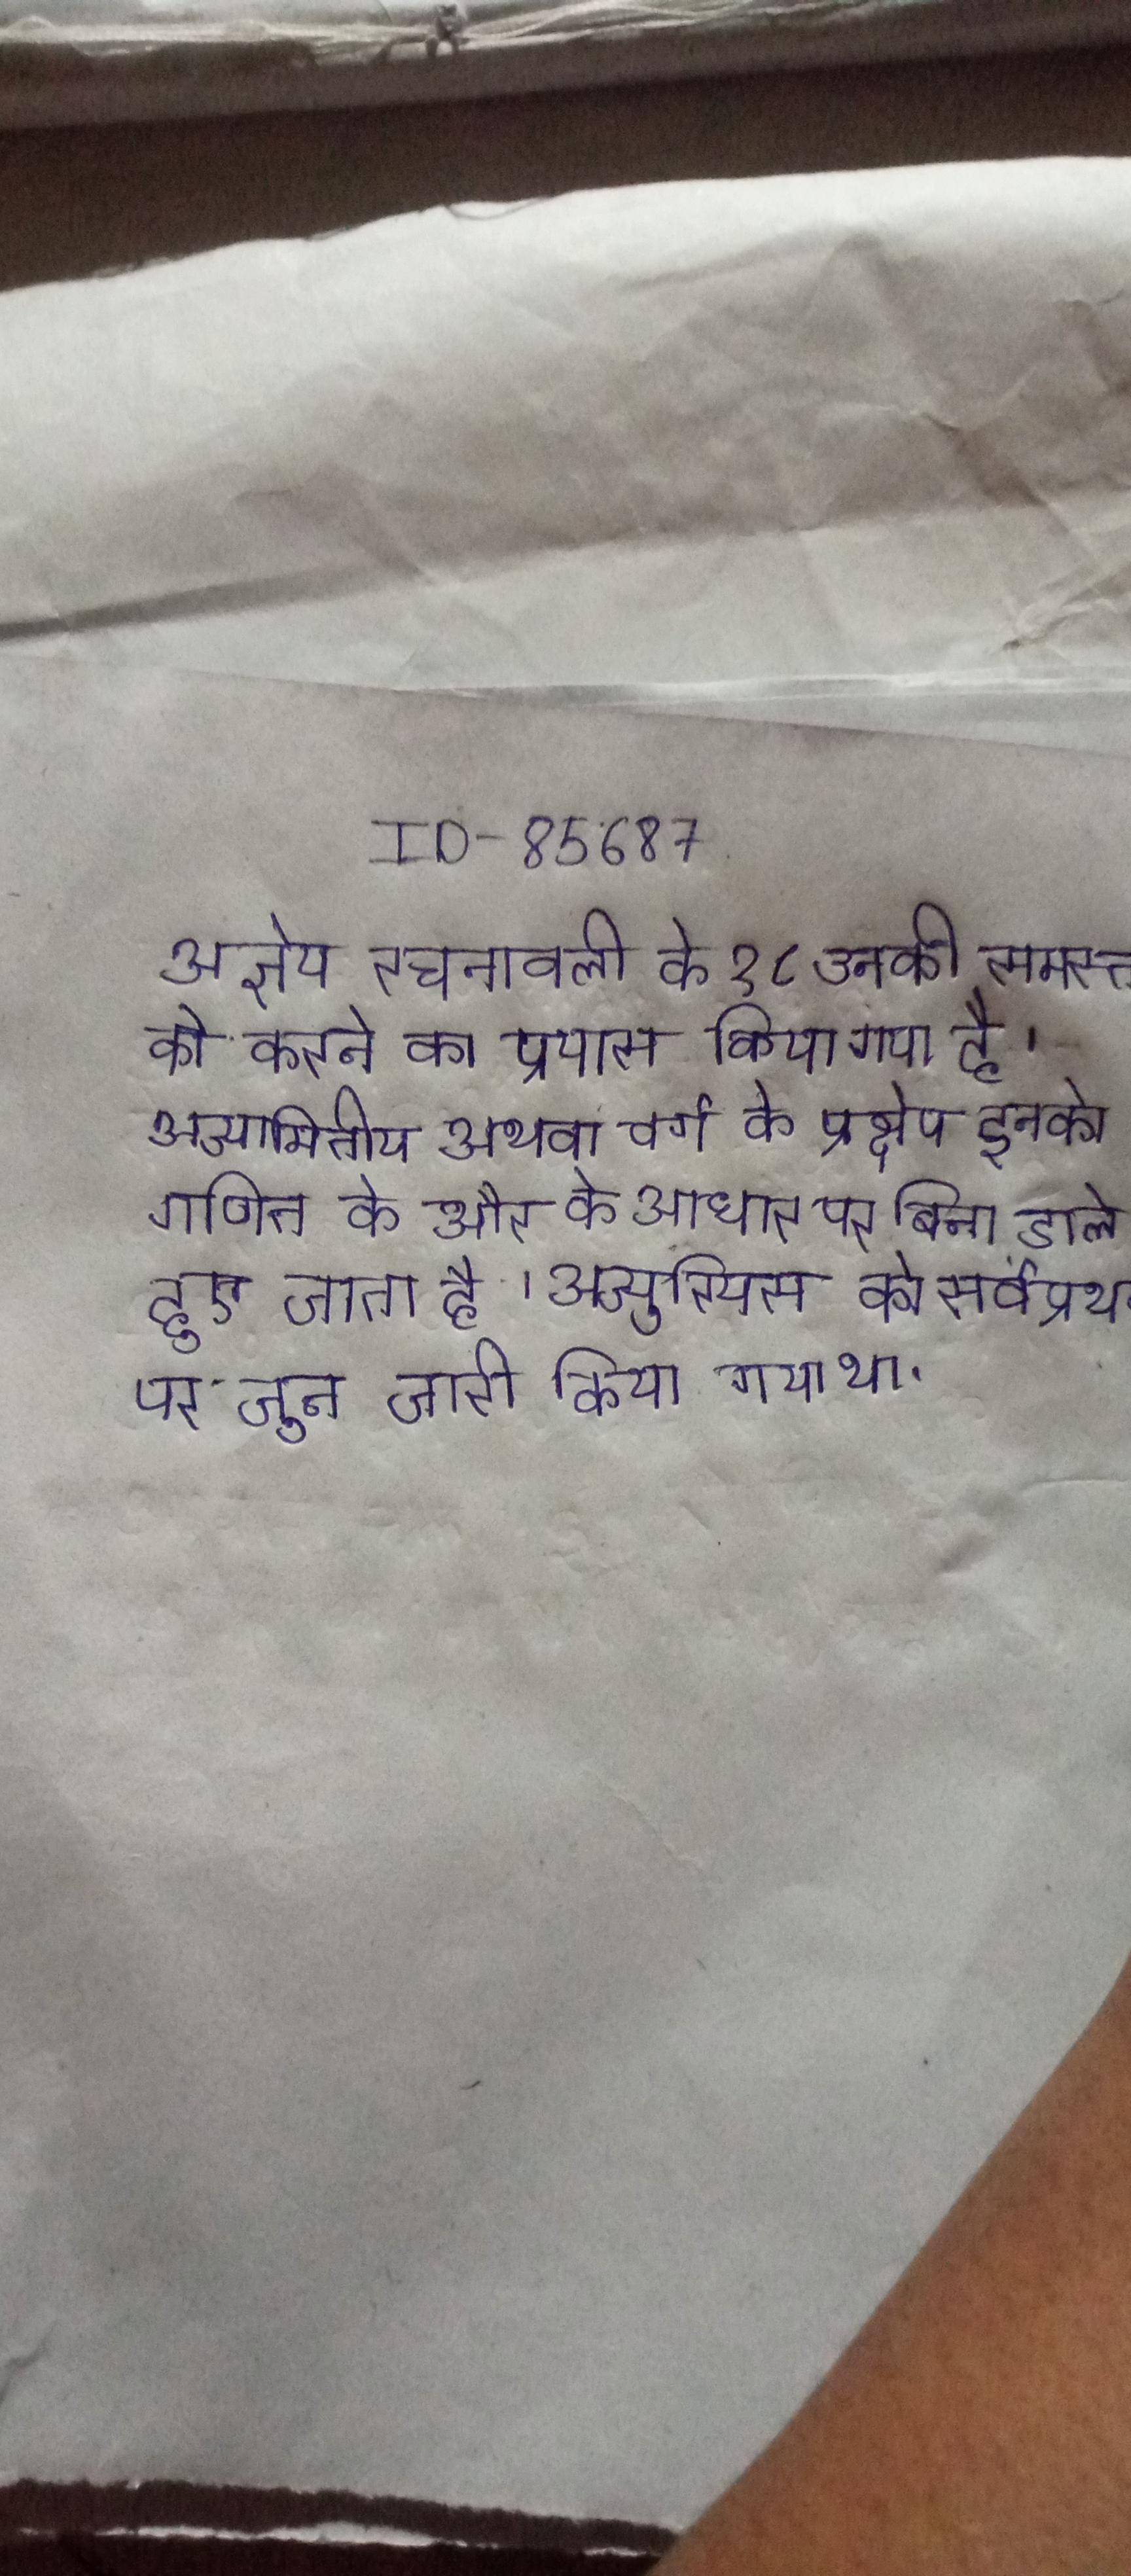
अज्ञेय रचनावली के १८ उनकी समस्त को करने का प्रयास किया गया है । अज्यामितीय अथवा वर्ग के प्रक्षेप इनको गणित के और के आधार पर बिना डाले हुए जाता है । अज्युरियस को सर्वप्रथम पर जून जारी किया गया था ।